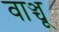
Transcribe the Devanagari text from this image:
वाञ्चू